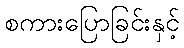
စကားပြောခြင်းနှင့်